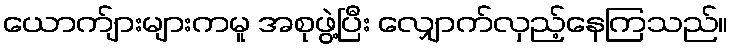
ယောက်ျားများကမူ အစုဖွဲ့ပြီး လျှောက်လှည့်နေကြသည်။